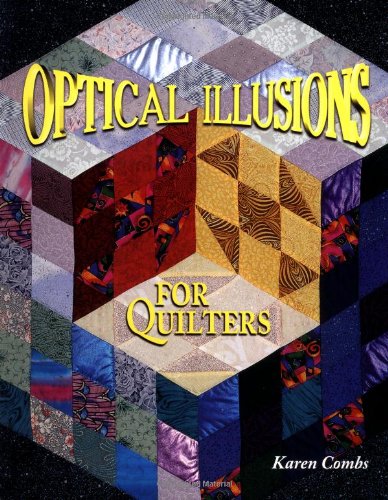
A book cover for Optical Illusions for Quilters; Karen Combs; Humor & Entertainment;